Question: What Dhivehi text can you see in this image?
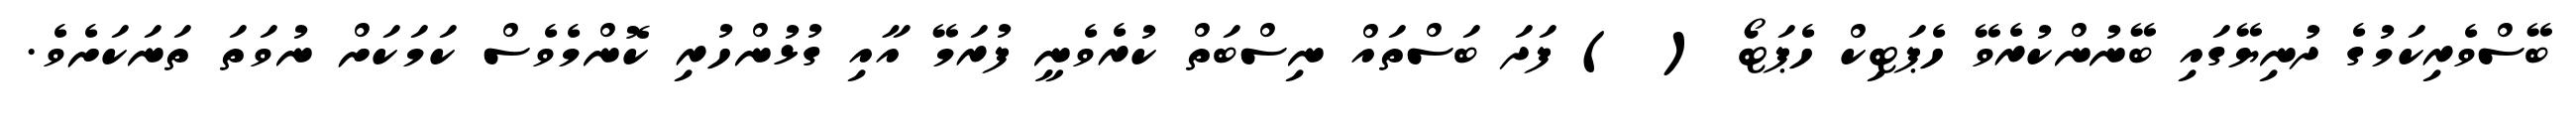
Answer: ބޭސްވެރިކަމުގެ ދުނިޔޭގައި ބޭނުންކުރެވޭ ހެޕަޓިކް ހެޕަޓޯ ( ) ފަދަ ބަސްތައް ނިސްބަތް ކުރެވެނީ ފުރަމޭ އާއި ގުޅުންހުރި ކޮންމެވެސް ކަމަކަށް ނުވަތަ ތަނަކަށެވެ.